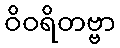
ဝိဝရိတဗ္ဗာ